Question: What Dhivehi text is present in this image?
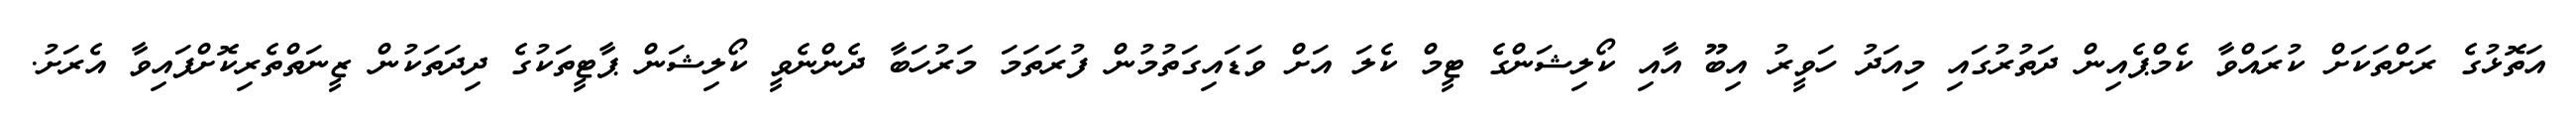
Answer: އަތޮޅުގެ ރަށްތަކަށް ކުރައްވާ ކެމްޕެއިން ދަތުރުގައި މިއަދު ހަވީރު އިބޫ އާއި ކޯލިޝަންގެ ޓީމް ކެލަ އަށް ވަޑައިގަތުމުން ފުރަތަމަ މަރުހަބާ ދެންނެވީ ކޯލިޝަން ޕާޓީތަކުގެ ދިދަތަކުން ޒީނަތްތެރިކޮށްފައިވާ އެރަށު.